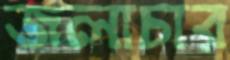
জলাচার